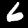
Label: 6